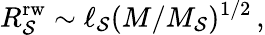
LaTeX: R_{\mathcal{S}}^{\mathrm{{rw}}}\sim\ell_{\mathcal{S}}(M/M_{\mathcal{S}})^{1/2}\, ,